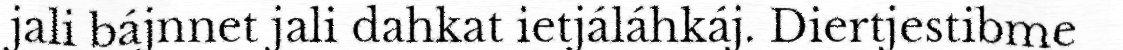
jali bájnnet jali dahkat ietjáláhkáj. Diertjestibme